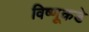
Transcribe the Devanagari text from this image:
विष्णूकडे